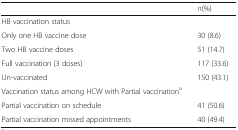
<table><thead><tr><td></td><td><b><i>n</i>(%)</b></td></tr></thead><tbody><tr><td colspan="2">HB vaccination status</td></tr><tr><td>Only one HB vaccine dose</td><td>30 (8.6)</td></tr><tr><td>Two HB vaccine doses</td><td>51 (14.7)</td></tr><tr><td>Full vaccination (3 doses)</td><td>117 (33.6)</td></tr><tr><td>Un-vaccinated</td><td>150 (43.1)</td></tr><tr><td colspan="2">Vaccination status among HCW with Partial vaccination<sup>a</sup></td></tr><tr><td>Partial vaccination on schedule</td><td>41 (50.6)</td></tr><tr><td>Partial vaccination missed appointments</td><td>40 (49.4)</td></tr></tbody></table>